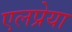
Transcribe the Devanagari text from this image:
एलप्रेया